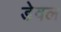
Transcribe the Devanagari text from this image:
डेवल